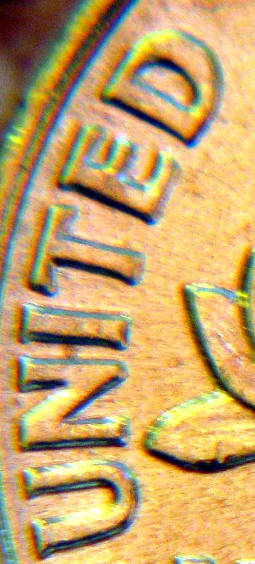
UNITED